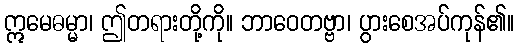
ဣမေဓမ္မာ၊ ဤတရားတို့ကို။ ဘာဝေတဗ္ဗာ၊ ပွားစေအပ်ကုန်၏။